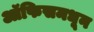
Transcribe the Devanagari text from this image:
ऑफिसमधून